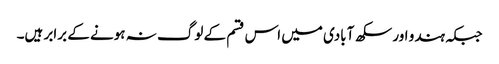
جبکہ ہندو اور سکھ آبادی میں اس قسم کے لوگ نہ ہونے کے برابر ہیں۔